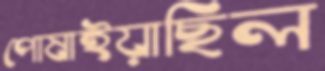
পোষাইয়াছিল